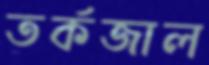
তর্কজাল